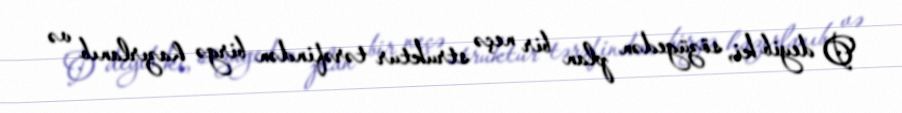
O deyib ki, sözügedən plan bir neçə struktur tərəfindən birgə hazırlanıb və